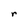
Character: r